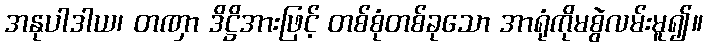
အနုပါဒါယ၊ တဏှာ ဒိဋ္ဌိအားဖြင့် တစ်စုံတစ်ခုသော အာရုံကိုမစွဲလမ်းမူ၍။